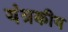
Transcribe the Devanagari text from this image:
यंत्रकीय